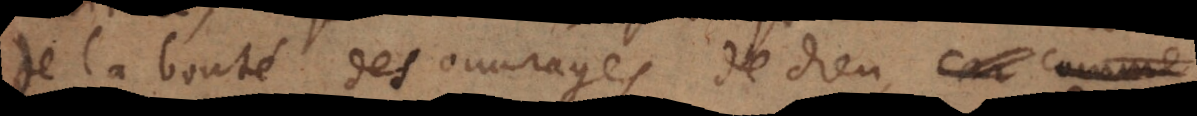
de la bonté des ouvrages de Dieu